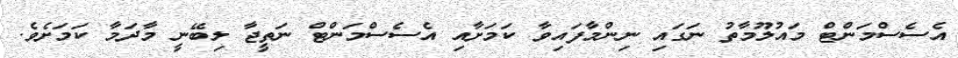
އެސެސްމަންޓް މައުލޫމާތު ނަގައި ނިންމާފައިވާ ކަމަށާއި އެސެސްމަންޓް ނަތީޖާ ލިބޭނީ މާދަމާ ކަމަށެވެ.